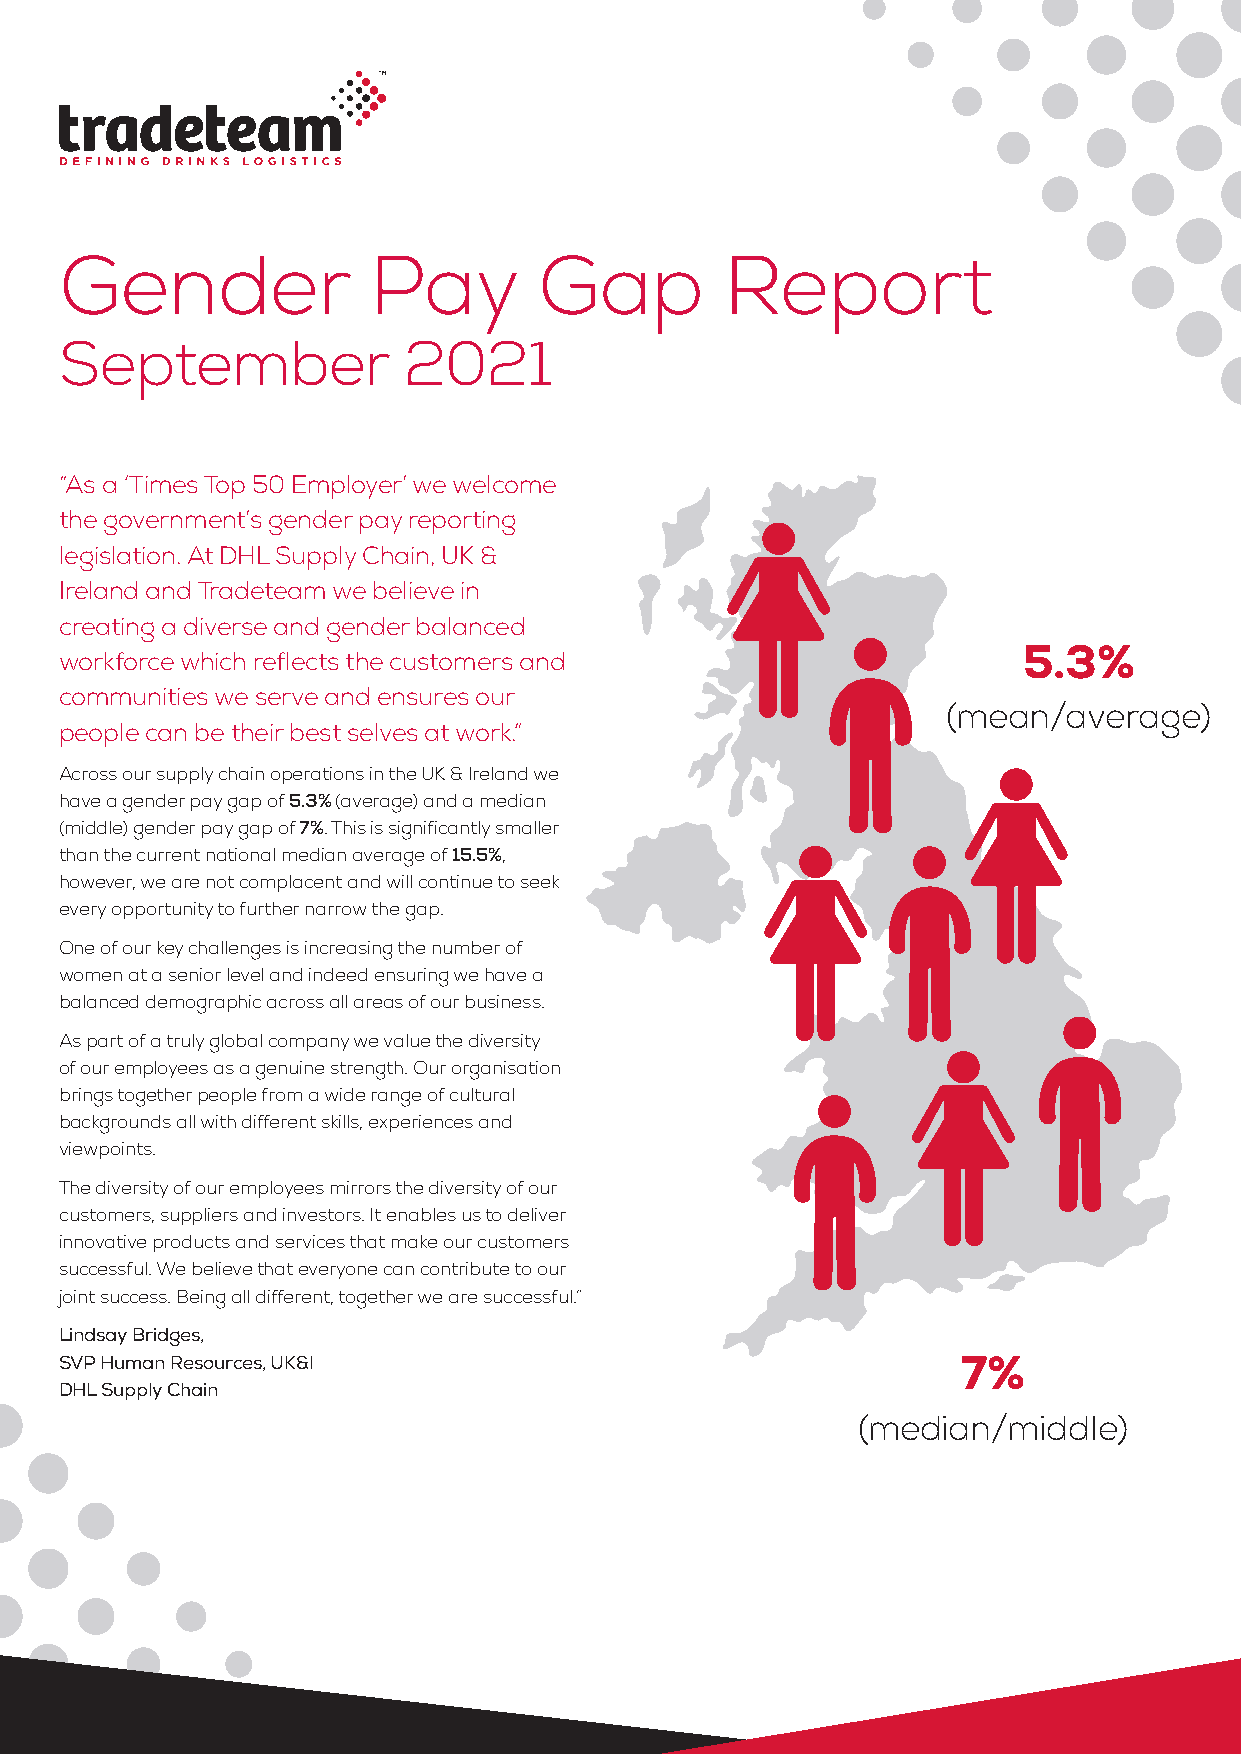
Gender              Pay         Gap         Report
 September              2021
 “As a ‘Times Top 50 Employer’ we welcome
 the government’s gender pay reporting
 legislation. At DHL Supply Chain, UK &
 Ireland and Tradeteam we believe in
 creating a diverse and gender balanced
 5.3%
 workforce which reflects the customers and
 communities we serve and ensures our
 (mean/average)
 people can be their best selves at work.”
 Across our supply chain operations in the UK & Ireland we
 have a gender pay gap of 5.3% (average) and a median
 (middle) gender pay gap of 7%. This is significantly smaller
 than the current national median average of 15.5%,
 however, we are not complacent and will continue to seek
 every opportunity to further narrow the gap.
 One of our key challenges is increasing the number of
 women at a senior level and indeed ensuring we have a
 balanced demographic across all areas of our business.
 As part of a truly global company we value the diversity
 of our employees as a genuine strength. Our organisation
 brings together people from a wide range of cultural
 backgrounds all with different skills, experiences and
 viewpoints.
 The diversity of our employees mirrors the diversity of our
 customers, suppliers and investors. It enables us to deliver
 innovative products and services that make our customers
 successful. We believe that everyone can contribute to our
 joint success. Being all different, together we are successful.”
 Lindsay Bridges,
 SVP Human Resources, UK&I                                   7%
 DHL Supply Chain
 (median/middle)